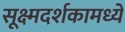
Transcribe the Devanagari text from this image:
सूक्ष्मदर्शकामध्ये